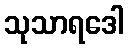
သုသာရဒေါ